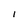
Character: I